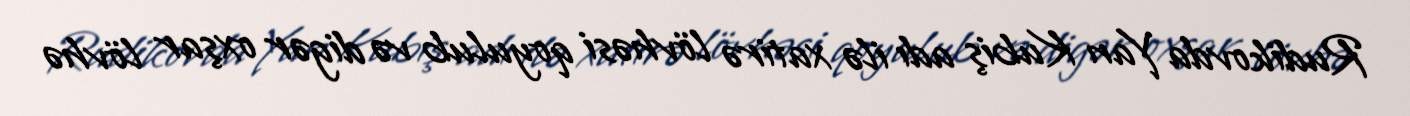
Rudikovda Yan Kubiş adı ilə xatirə lövhəsi qoyulub və digər oxşar lövhə